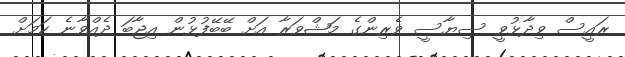
ރައީސް ވިދާޅުވީ ސިޔާސީ ވެރިންގެ މަޝްވަރާ އަށް ބޭބޭފުޅުން އިޖާބަ ދެއްވާނެ ކަމަށް